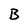
Character: B